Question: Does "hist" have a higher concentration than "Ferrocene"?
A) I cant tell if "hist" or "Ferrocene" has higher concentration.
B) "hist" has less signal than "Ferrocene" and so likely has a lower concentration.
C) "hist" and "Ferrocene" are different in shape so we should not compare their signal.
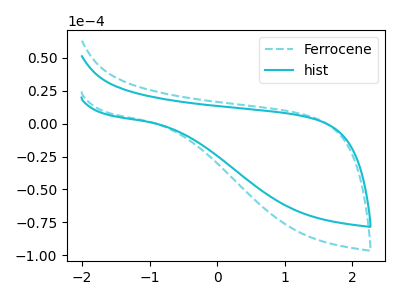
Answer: <think>The cyan dashed curve "Ferrocene" has no peaks. The cyan curve "hist" has no peaks.
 Neither "hist" or "Ferrocene" have any peaks.</think>
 <answer>A) I cant tell if "hist" or "Ferrocene" has higher concentration.</answer>
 <eval>A</eval>